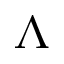
\boldsymbol { \Lambda }